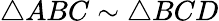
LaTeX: \triangle ABC\sim\triangle BCD